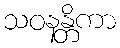
သဝနန္တိကာ